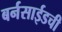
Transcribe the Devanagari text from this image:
बर्नसाईडची